Annual report of the Imperial Bacteriologist
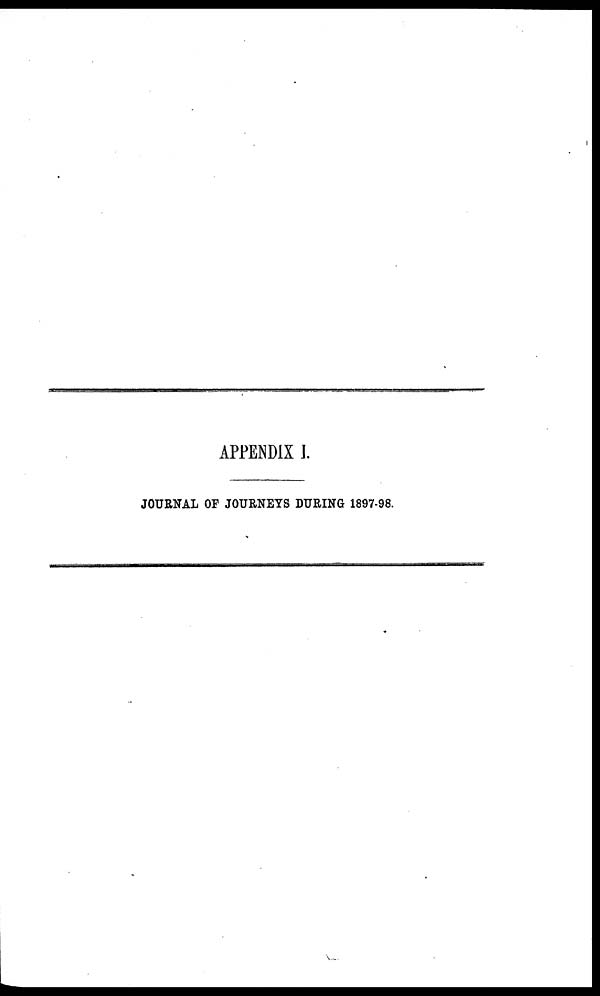
APPENDIX I.
JOURNAL OF JOURNEYS DURING 1897-98.